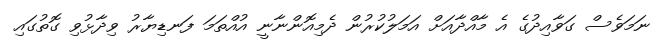
ނަމަވެސް ގަވާއިދުގެ އެ މާއްދާއަށް އަމަލުކުރުން ދެމިއޮންނާނީ އުއްތަމަ ފަނޑިޔާރު ވިދާޅުވި ގޮތުގައި